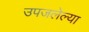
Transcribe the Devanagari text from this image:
उपजलेल्या